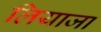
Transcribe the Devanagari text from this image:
लियाजा